Rasina_vallavalitsus, lk 61
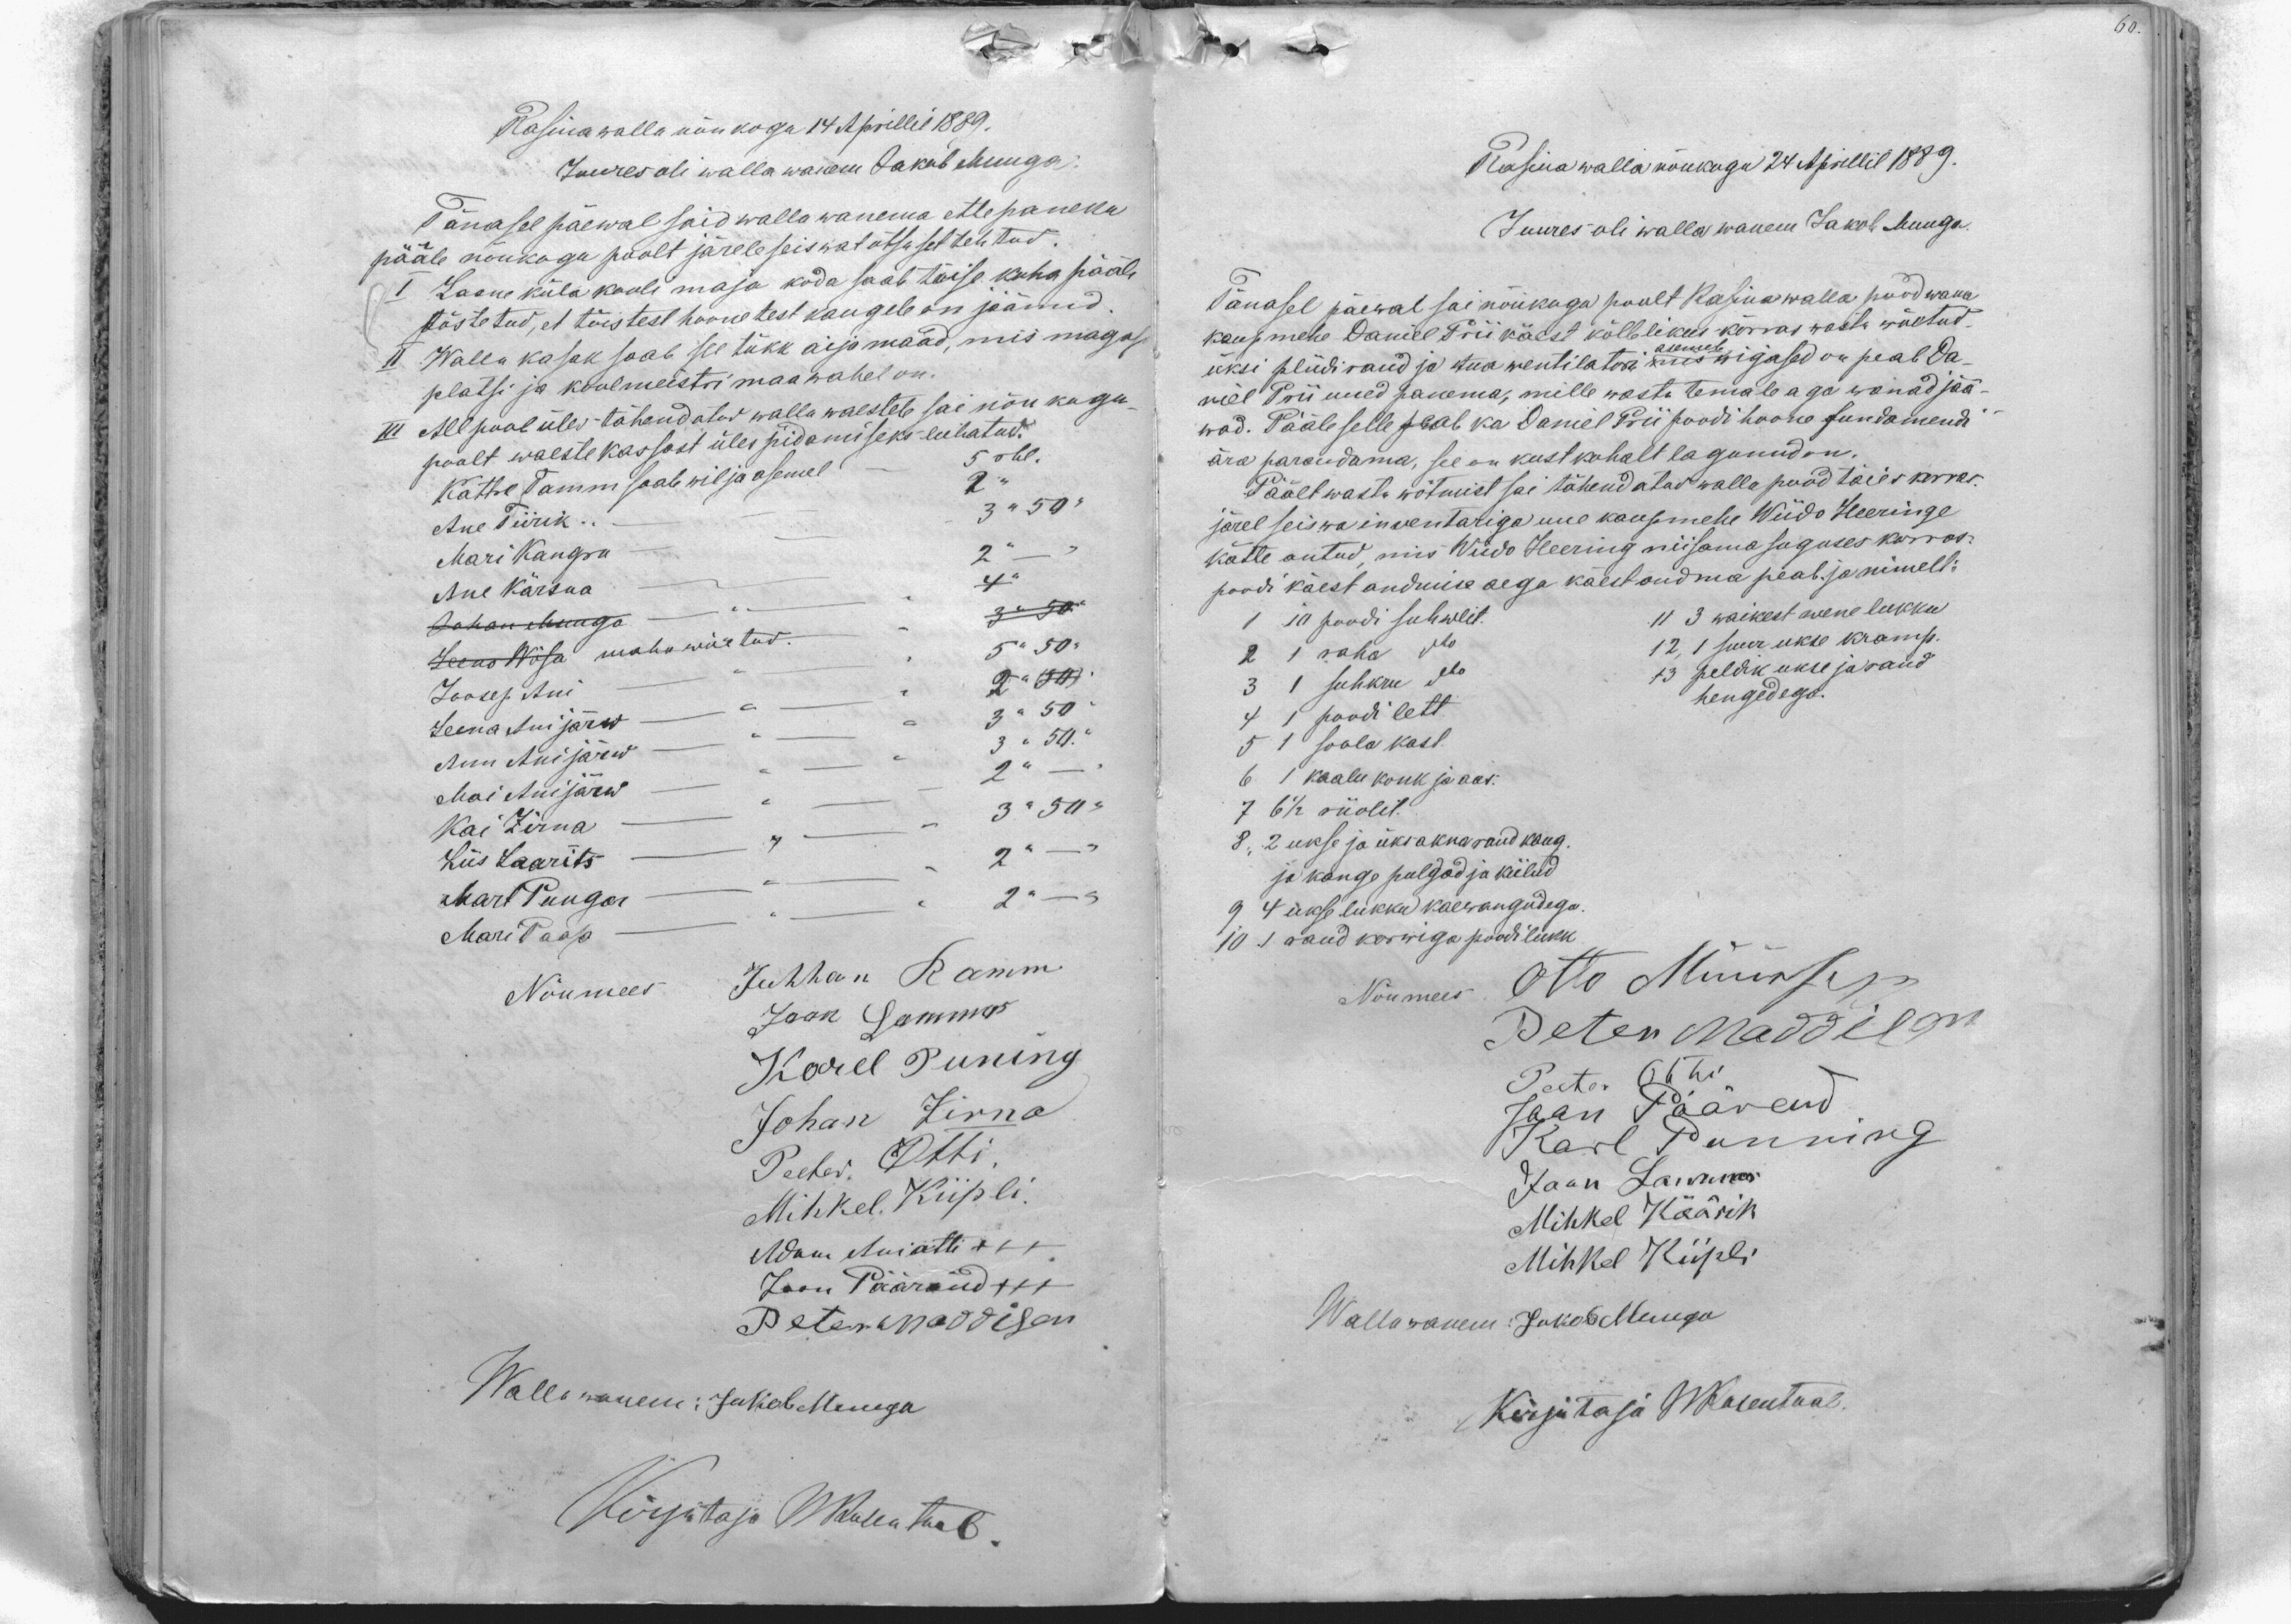
60.

Rasina walla nõukogu 14 Aprillil 1889.
Juures oli walla wanem Jakob Muuga
Tänasel päewal said walla wanema ettepaneku
pääle nõukogu poolt järele seiswat otsuset tehtud.
I Laane küla kooli maja koda saab tõise koha pääle
tõstetud, et tõistest hoonetest kaugele on jäänud.
II Walla kasak saab see tükk aijamaad, mis magasi
platsi ja koolmeistri maa wahel on.
III Allpool üles tähendatud walla waestele sai nõukogu
poolt waeste kassast üles pidamiseks lubatud.
Kattre Tamm saab wilja asemel - 5 rbl.
Ane Tiirik -"- 2 "
Mari Kangru - 3 " 50 "
Ane Kärsna - 2 " - "
Johan Muuga -"- 4"
Leena Wõsa maha wõetud 3 " 50"
Joosep Ani -"- 5" 50"
Leena Anijärw -"- 2" 50"
Anu Anijärw -"- 3 " 50"
Mai Anijärw -"- 3 " 50"
Kai Zirna -"- 2" -
Liis Laarits -"- 3 " 50"
Mart Pungar -"- 2 " -
Mari Paap -"- 2 " -
Nõumees Juhhan Ramm
Jaan Lammas
Karel Puning
Johan Zirna
Peeter Otti
Mihkel Kiipli
Adam Aniotti XXX
Jaan Päärand +++
Peter Maddison
Wallawanem: Jakob Muuga
Kirjutaja WRosentaal

Rasina walla nõukogu 24 Aprillil 1889.
Juures oli walla wanem Jakob Muuga.
Tänasel päewal sai nõukogu poolt Rasina walla pood wana
kaupmehe Daniel Prii käest kõlblikus korras wasta wõetud.
asemele
üksi pliidiraud ja tua wentilatori mis wigased on peab Da-
niel Prii uued panema, mille wasta temale aga wanad jää
wad. Pääle selle peab ka Daniel Prii poodi hoone fundamendi
ära parandama, see on kustkohalt lagunud on
Päält wastu wõtmist sai tähendatud walla pood täies korras
järel seiswa inventariga uue kaupmehe Wiido Heeringe
kätte antud, mis Wiido Heering niisama suguses korras
poodi käest andmise aega käest andma peab ja nimelt:
1 10 poodi suhwlit.
11 3 waikest wene lukku
2 1 raha dto
12, 1 suur ukse kramp
3 1 suhkru dto
13 peldik ukse ja raud
4 1 poodi lett
hengedega.
5 1 soola kast
6 1 kaalu konk ja aas.
7 6 1/2 riiolit.
8. 2 ukse ja üks akna raud kang
ja kange pulgad ja kiilud
9 4 ukse lukku kaewangudega
10 1 raud korwiga poodilukk.
Nõumees
Otto Müürsep
Peter Maddison
Peeter Otti
Jaan Päärend
Karl Punning
Jaan Lammas
Mihkel Käärik
Mihkel Kiipli
Wallawanem: Jakob Muuga
Kirjutaja WRosentaal